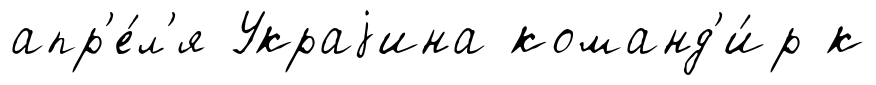
апр'е́л'я Украjина команд'и́р к